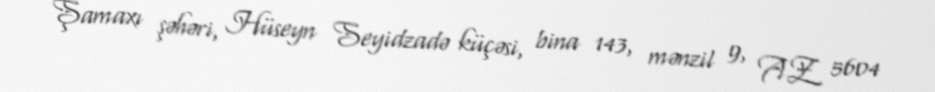
Şamaxı şəhəri, Hüseyn Seyidzadə küçəsi, bina 143, mənzil 9, AZ 5604